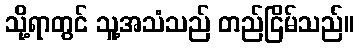
သို့ရာတွင် သူ့အသံသည် တည်ငြိမ်သည်။